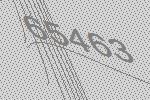
65463